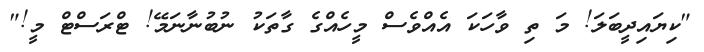
"ކިޔައިދީބަލަ! މަ ތި ވާހަކަ އެއްވެސް މީހެއްގެ ގާތަކު ނުބުނާނަމޭ! ޓްރަސްޓް މީ!"